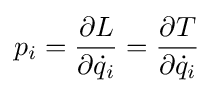
p_{i}={\frac {\partial L}{\partial {\dot {q}}_{i}}}={\frac {\partial T}{\partial {\dot {q}}_{i}}}